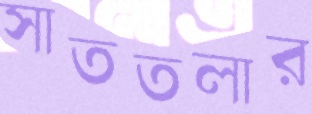
সাততলার